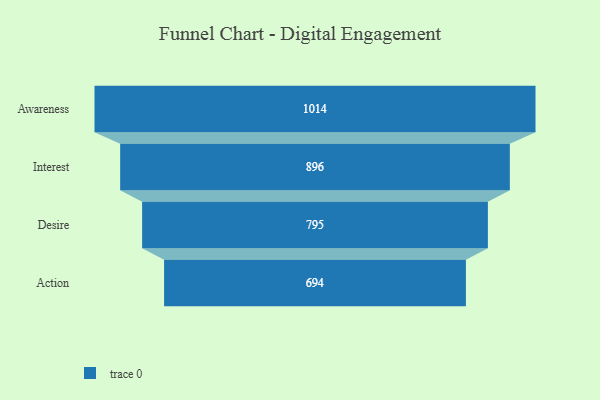
{"axis": {"x": "Stage", "y": "Value"}, "legend": [""], "data": [{"x": "Awareness", "y": 1014.0, "type": ""}, {"x": "Interest", "y": 896.0, "type": ""}, {"x": "Desire", "y": 795.0, "type": ""}, {"x": "Action", "y": 694.0, "type": ""}]}